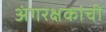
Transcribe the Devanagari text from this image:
अंगरक्षकांची